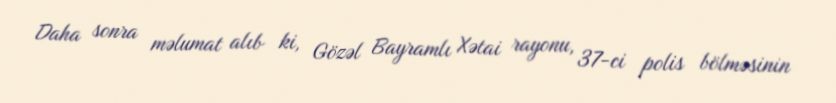
Daha sonra məlumat alıb ki, Gözəl Bayramlı Xətai rayonu, 37-ci polis bölməsinin